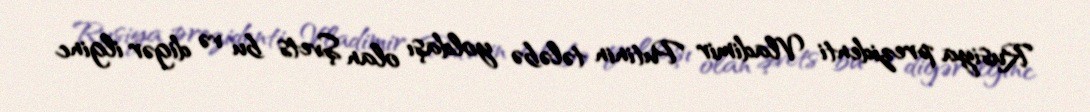
Rusiya prezidenti Vladimir Putinin tələbə yoldaşı olan Şvets bu və digər ilginc